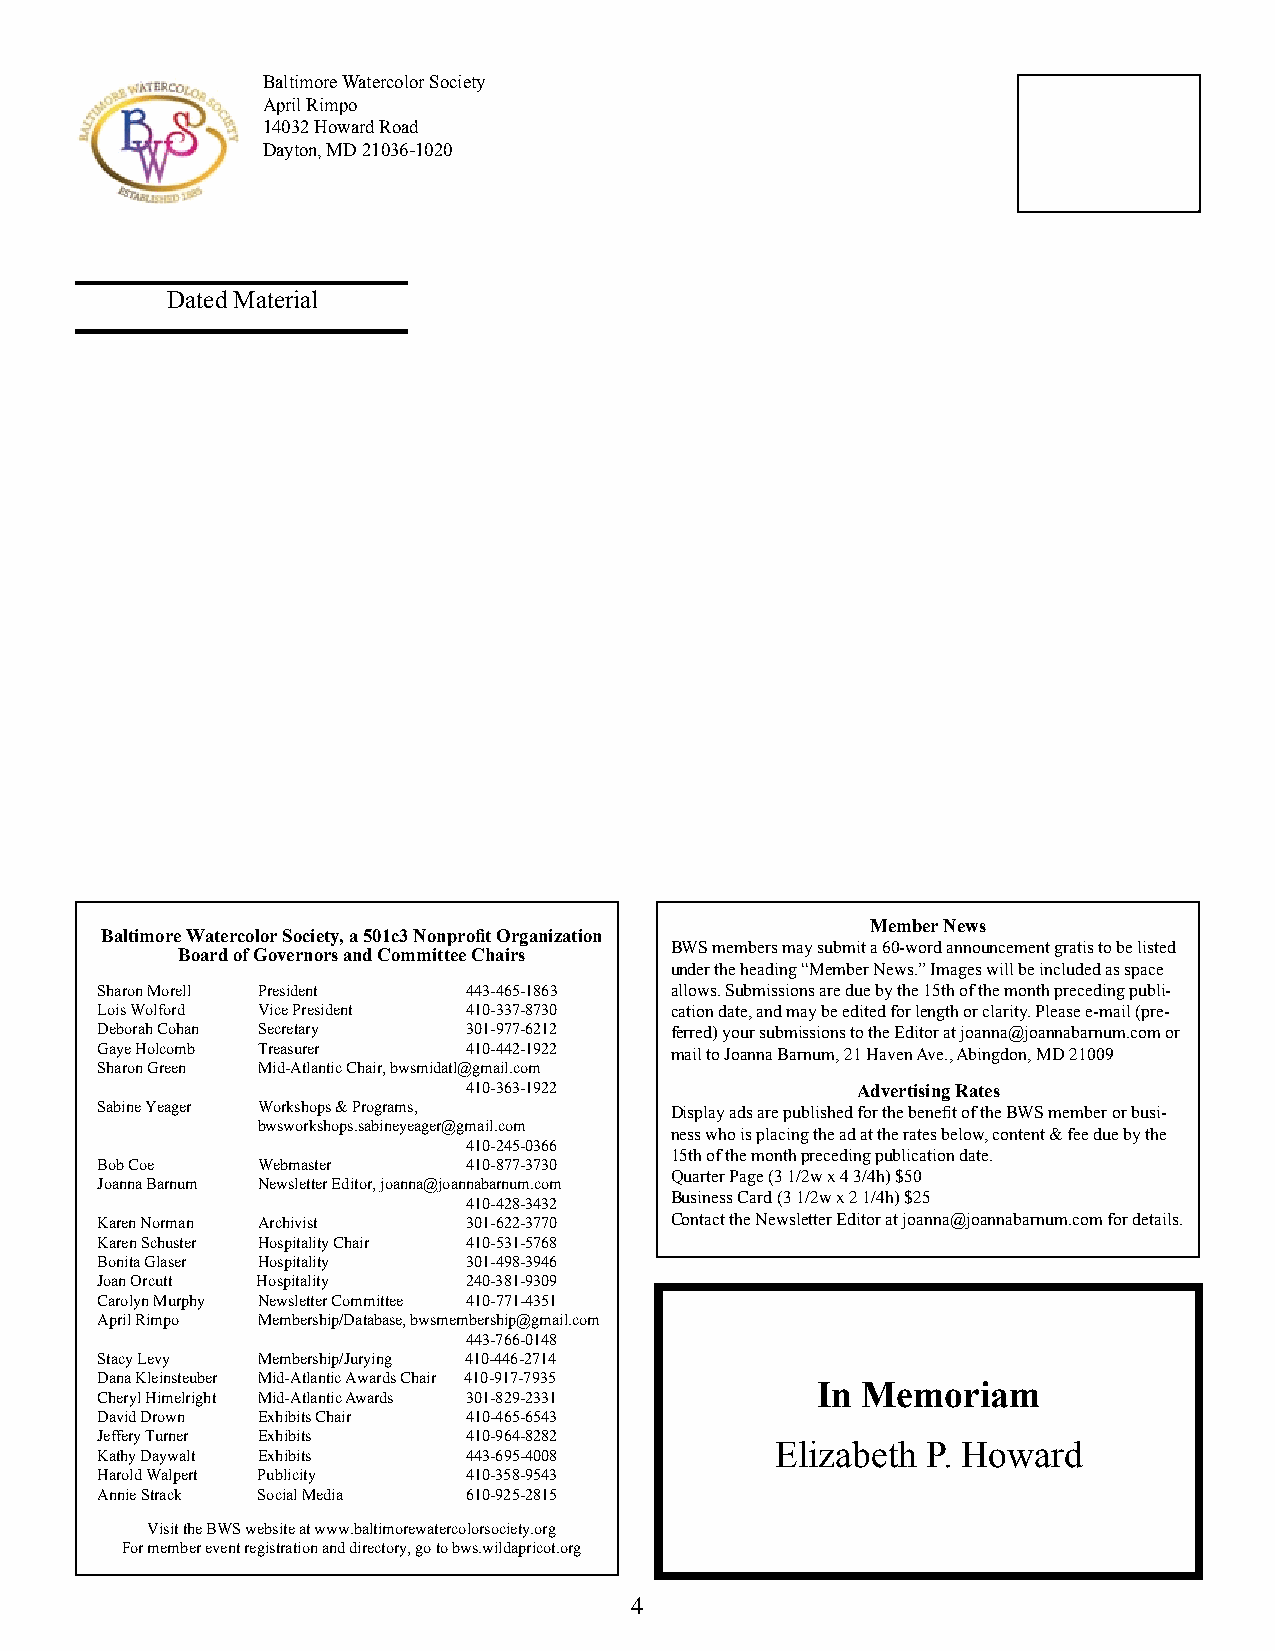
Baltimore Watercolor Society
 April Rimpo
 14032 Howard Road
 Dayton, MD 21036-1020
 Dated Material
 Member News
 Baltimore Watercolor Society, a 501c3 Nonprofit Organization
 BWS members may submit a 60-word announcement gratis to be listed
 Board of Governors and Committee Chairs
 under the heading “Member News.” Images will be included as space
 Sharon Morell President  443-465-1863 allows. Submissions are due by the 15th of the month preceding publi-
 Lois Wolford Vice President 410-337-8730 cation date, and may be edited for length or clarity. Please e-mail (pre-
 Deborah Cohan Secretary  301-977-6212 ferred) your submissions to the Editor at joanna@joannabarnum.com or
 Gaye Holcomb Treasurer   410-442-1922 mail to Joanna Barnum, 21 Haven Ave., Abingdon, MD 21009
 Sharon Green Mid-Atlantic Chair, bwsmidatl@gmail.com
 410-363-1922              Advertising Rates
 Sabine Yeager Workshops & Programs,   Display ads are published for the benefit of the BWS member or busi-
 bwsworkshops.sabineyeager@gmail.com
 ness who is placing the ad at the rates below, content & fee due by the
 410-245-0366
 15th of the month preceding publication date.
 Bob Coe    Webmaster     410-877-3730
 Quarter Page (3 1/2w x 4 3/4h) $50
 Joanna Barnum Newsletter Editor, joanna@joannabarnum.com
 Business Card (3 1/2w x 2 1/4h) $25
 410-428-3432
 Karen Norman Archivist   301-622-3770 Contact the Newsletter Editor at joanna@joannabarnum.com for details.
 Karen Schuster Hospitality Chair 410-531-5768
 Bonita Glaser Hospitality 301-498-3946
 Joan Orcutt Hospitality  240-381-9309
 Carolyn Murphy Newsletter Committee 410-771-4351
 April Rimpo Membership/Database, bwsmembership@gmail.com
 443-766-0148
 Stacy Levy Membership/Jurying 410-446-2714
 Dana Kleinsteuber Mid-Atlantic Awards Chair 410-917-7935
 In Memoriam
 Cheryl Himelright Mid-Atlantic Awards 301-829-2331
 David Drown Exhibits Chair 410-465-6543
 Jeffery Turner Exhibits  410-964-8282
 Elizabeth P. Howard
 Kathy Daywalt Exhibits   443-695-4008
 Harold Walpert Publicity 410-358-9543
 Annie Strack Social Media 610-925-2815
 Visit the BWS website at www.baltimorewatercolorsociety.org
 For member event registration and directory, go to bws.wildapricot.org
 4